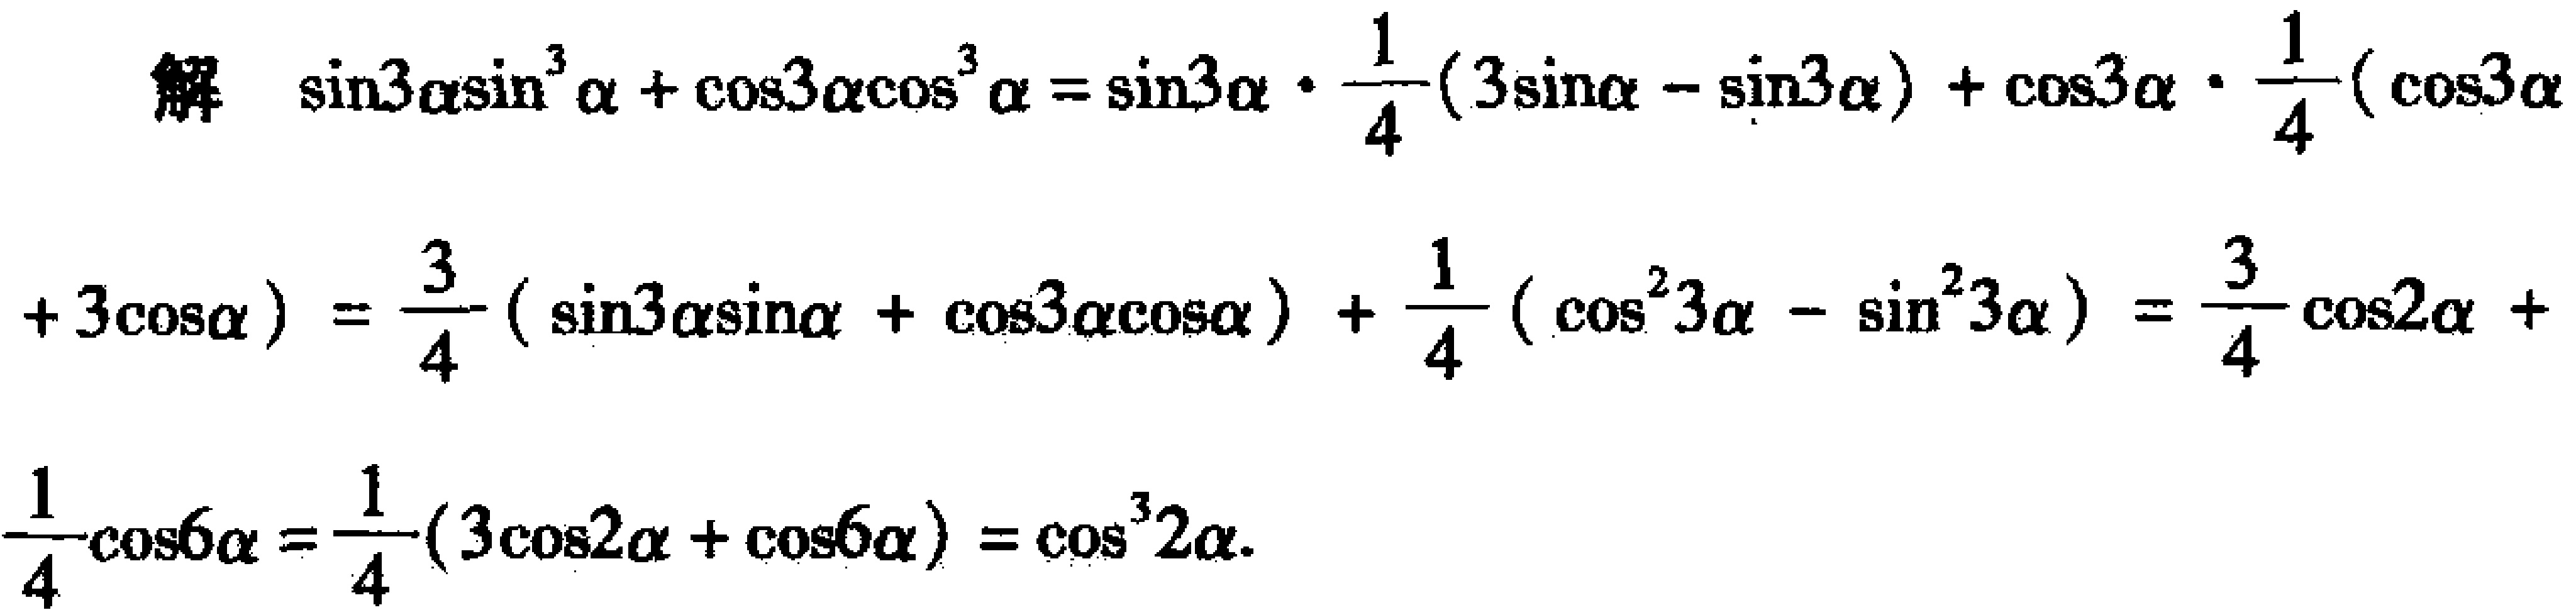
\(
\begin{align*}
&\text{解}\quad\sin3\alpha\sin^{3}\alpha+\cos3\alpha\cos^{3}\alpha=\sin3\alpha\cdot\frac{1}{4}(3\sin\alpha - \sin3\alpha)+\cos3\alpha\cdot\frac{1}{4}(\cos3\alpha\\
& + 3\cos\alpha)=\frac{3}{4}(\sin3\alpha\sin\alpha+\cos3\alpha\cos\alpha)+\frac{1}{4}(\cos^{2}3\alpha - \sin^{2}3\alpha)=\frac{3}{4}\cos2\alpha+\\
&\frac{1}{4}\cos6\alpha=\frac{1}{4}(3\cos2\alpha+\cos6\alpha)=\cos^{3}2\alpha.
\end{align*}
\)